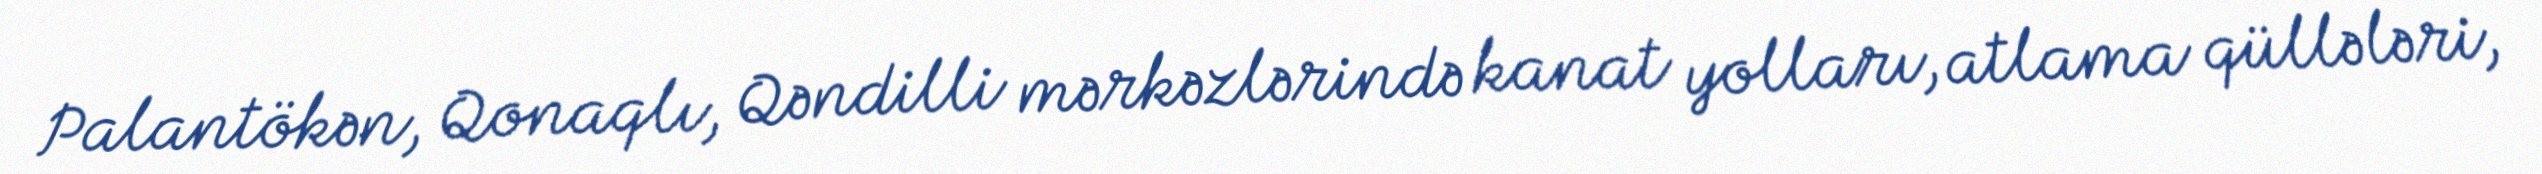
Palantökən, Qonaqlı, Qəndilli mərkəzlərində kanat yolları, atlama qüllələri,